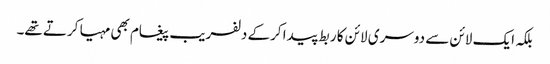
بلکہ ایک لائن سے دوسری لائن کا ربط پیدا کرکے دلفریب پیغام بھی مہیا کرتے تھے۔